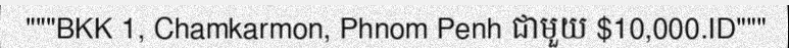
"""BKK 1, Chamkarmon, Phnom Penh ជាមួយ $10,000.ID"""